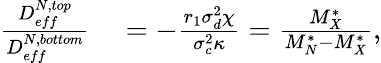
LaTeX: \begin{array}{rl}{\frac{D_{eff}^{N,top}}{D_{eff}^{N,bottom}}}&{{}=-\frac{r_{1}\sigma_{d}^{2}\chi}{\sigma_{c}^{2}\kappa}=\frac{M_{X}^{*}}{M_{N}^{*}-M_{X}^{*}},}\end{array}